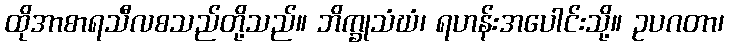
ထိုအာစာရသီလစသည်တို့သည်။ ဘိက္ခုသံဃံ၊ ရဟန်းအပေါင်းသို့။ ဥပဂတာ၊